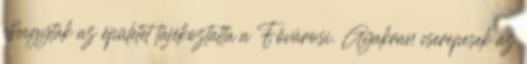
elhagyták az épületet tájékoztatta a Fővárosi. Gyakran cserepesek az